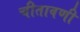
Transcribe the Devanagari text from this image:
चीतावणी